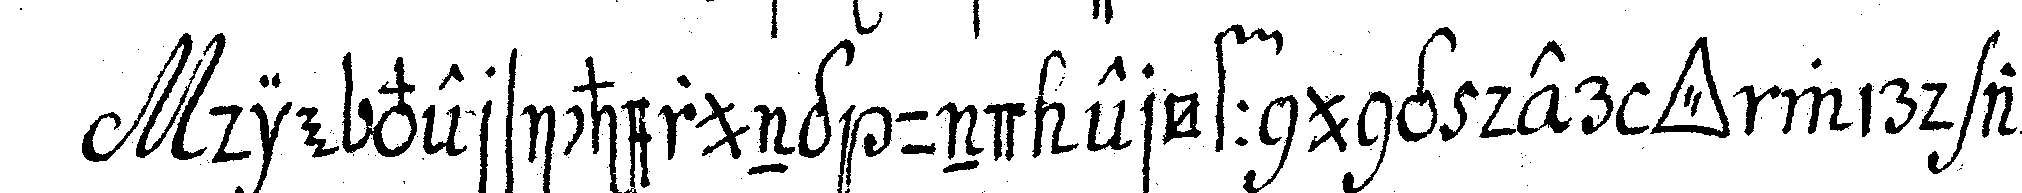
die versicherung und eröffnung der *tri..* wird auf